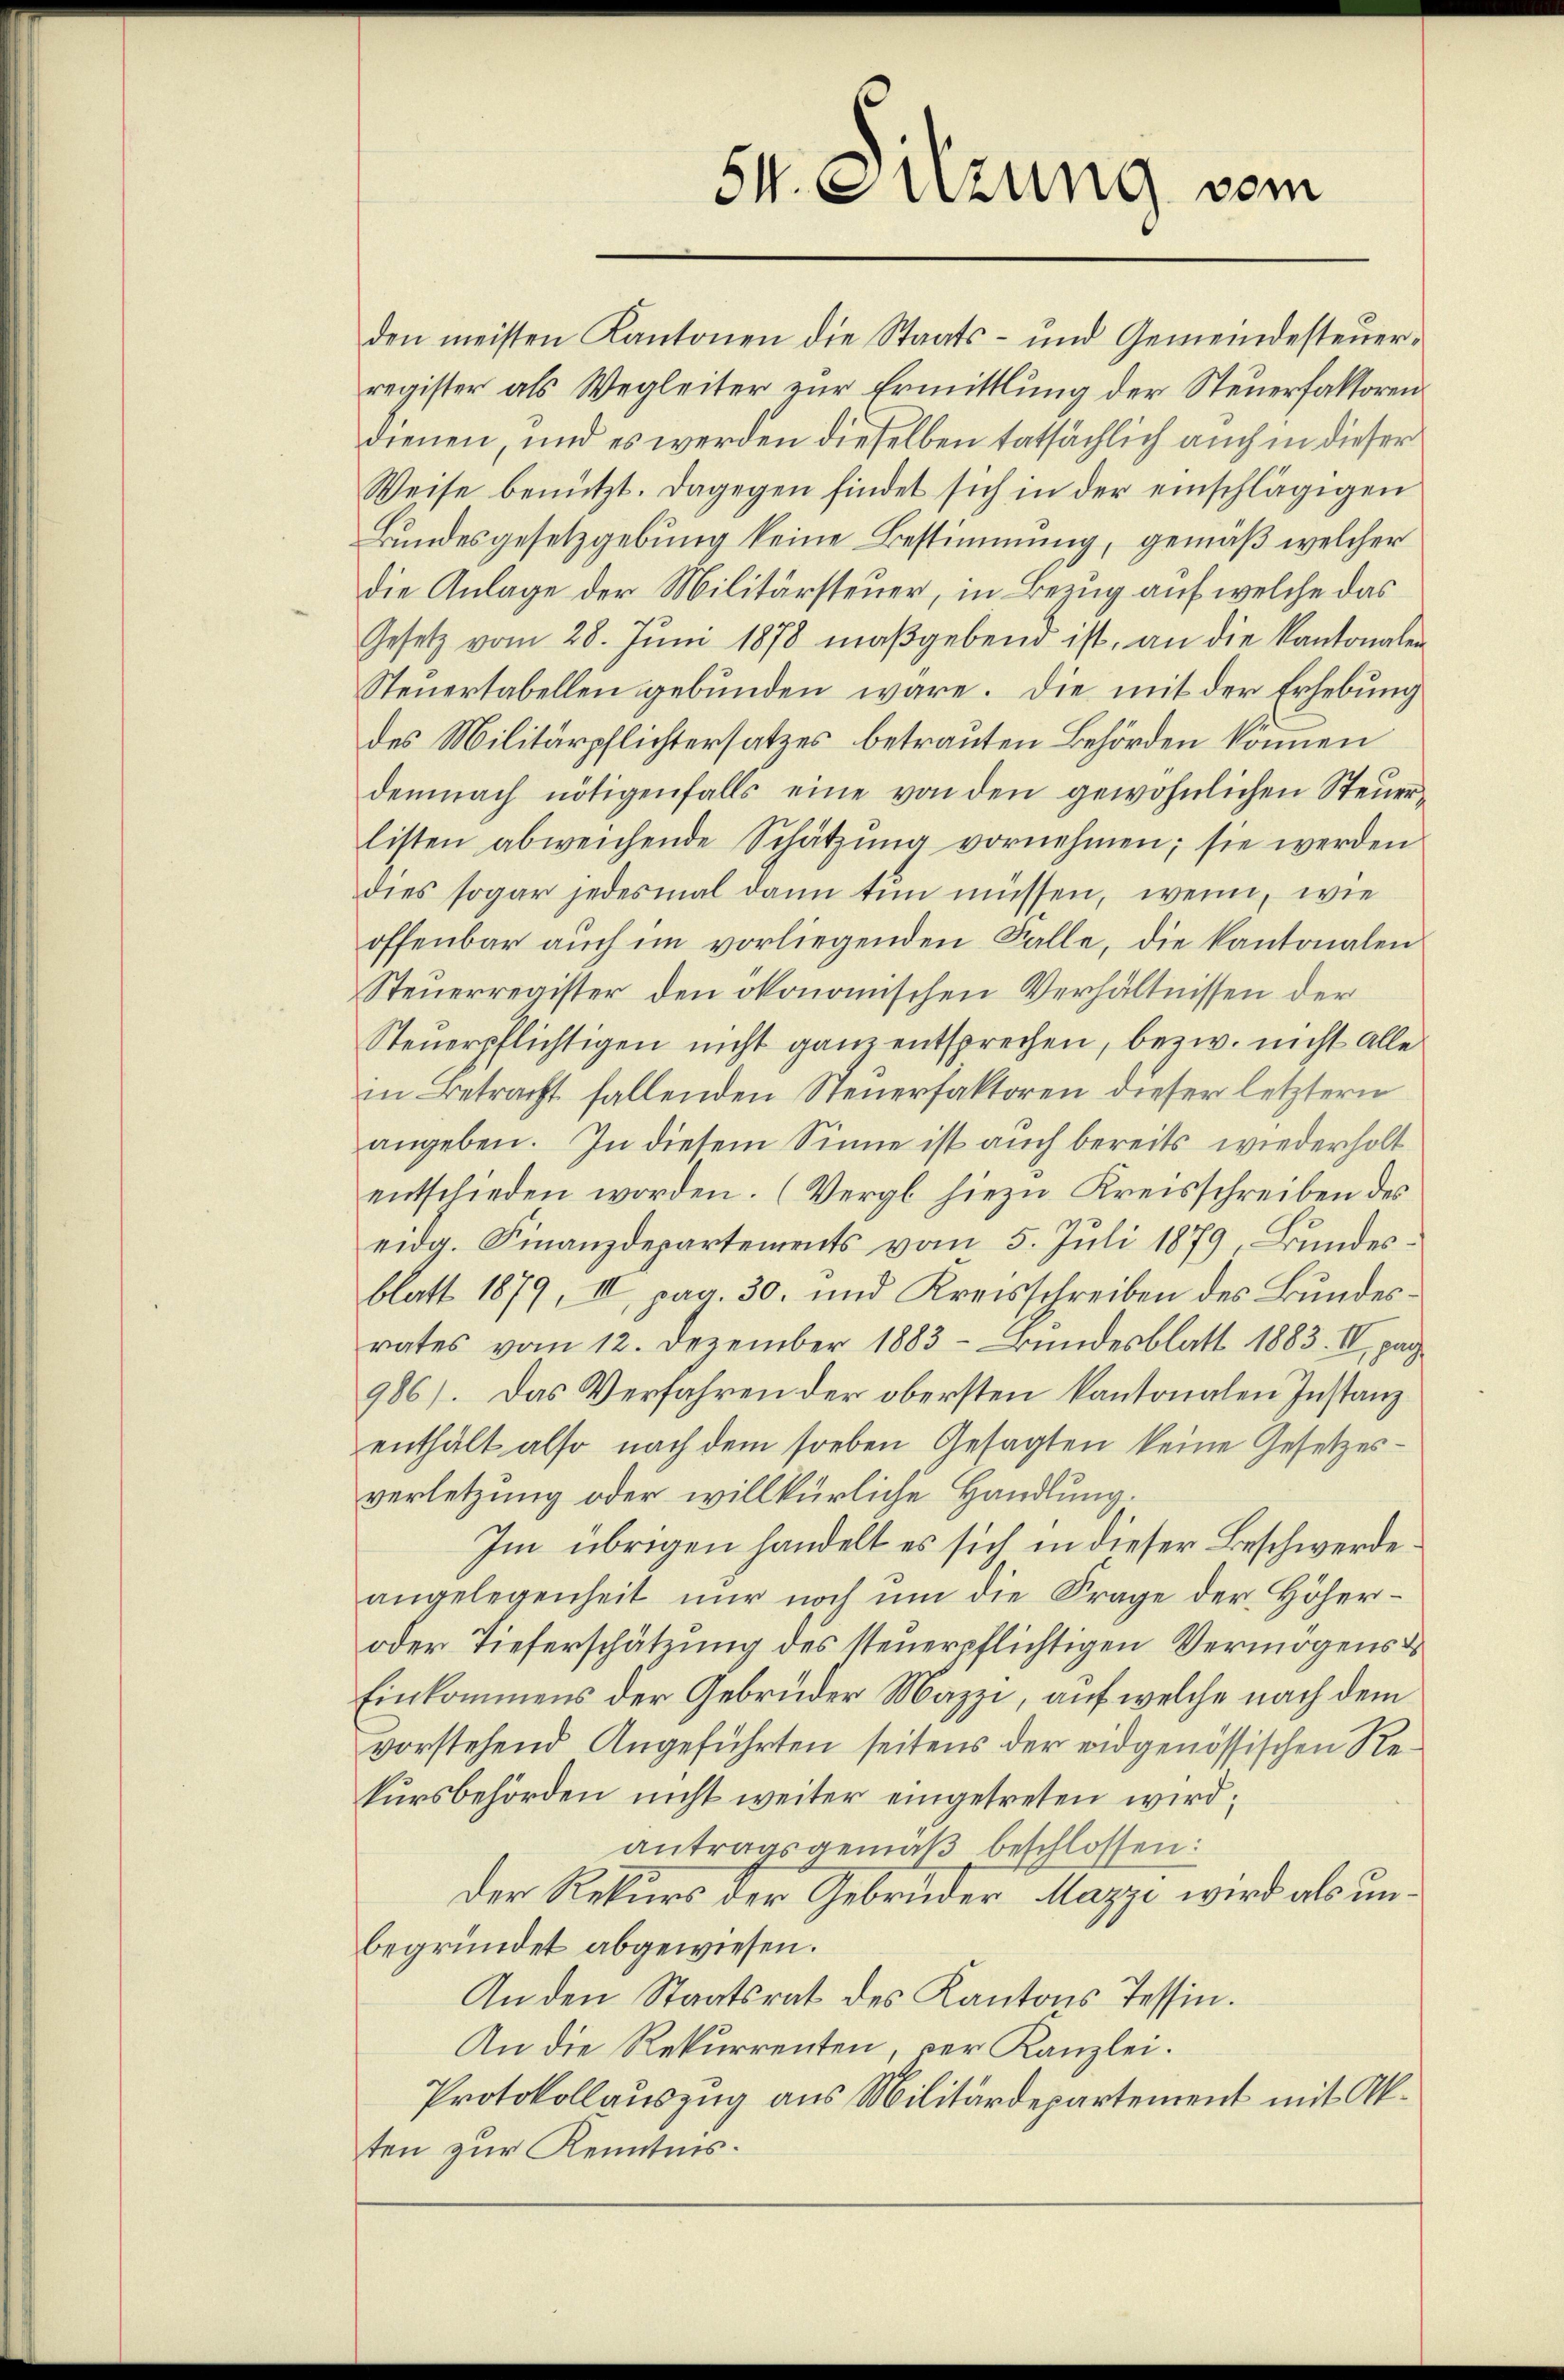
den meisten Kantonen die Staats- und Gemeindesteuerregister als Wegleiter zur Ermittlung der Steuerfaktorendienen, und es werden dieselben tatsächlich auch in dieser
Weise benützt. Dagegen findet sich in der einschlägigen
Bundesgesetzgebung keine Bestimmung, gemäß welcher
die Anlage der Militärsteuer, in Bezug auf welche das
Gesetz vom 28. Juni 1878 maßgebend ist, an die Kantonalen
Steuertabellen gebunden wäre. Die mit der Erhebung
des Militärpflichtersatzes betrauten Behörden können
demnach nötigenfalls eine von den gewöhnlichen Steŭer-
listen abweichende Schatzŭng vornehmen; sie werden
dies sogar jedesmal dann tun müssen, wenn, wie
offenbar aŭch im vorliegenden Falle, die Kantonalen
Steuerregister den ökonomischen Verhältnissen der
Steuerpflichtigen nicht ganz entsprechen, bezw. nicht alle
in Betracht fallenden Steuerfaktoren dieser letztern
angeben. In diesem Sinne ist auch bereits wiederholt
entschieden worden. (Vergl. hiezu Kreisschreiben des
eidg. Finanzdepartements vom 5. Juli 1879, Bundesblatt 1879, III, pag. 30. und Kreisschreiben des Bundesrates vom 12. Dezember 1883 - Bundesblatt 1883. II, pag
986). Das Verfahren der obersten kantonalen Instanz
enthält also nach dem soeben Gesagten keine Gesetzesverletzung oder willkürliche Handlung.
Im übrigen handelt es sich in dieser Beschwerde
angelegenheit nŭr noch ŭm die Frage der Höher-
oder Tieferschätzung des steuerpflichtigen Vermögens d
Einkommens der Gebrüder Mazzi, auf welche nach dem
vorstehend Angeführten seitens der eidgenössischen Rekursbehörden nicht weiter eingetreten wird;
antragsgemäβ beschlossen:
Der Rekurs der Gebrüder Mazzi wird als unbegründet abgewiesen.
An den Staatsrat des Kantons Tessin.
An die Rekurrenten, der Kanzlei.
Protokollauszug aus Militärdepartement mit Akten zur Kenntnis.

54. Sitzung vom